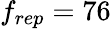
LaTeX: f_{rep}=76